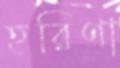
হরিণা